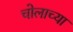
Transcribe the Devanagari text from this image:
चोलाच्या